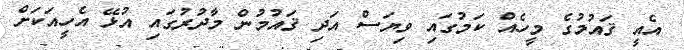
އެއީ ޤައުމުގެ މީހެއް ކަމުގައި ވިޔަސް އަދި ޤައުމުން މާދުރުގައި އުޅޭ އެހީއަކަށް